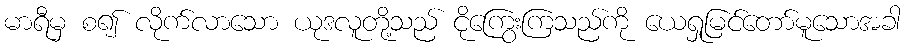
မာရီမှ စ၍ လိုက်လာသော ယုဒလူတို့သည် ငိုကြွေးကြသည်ကို ယေရှုမြင်တော်မူသောအခါ